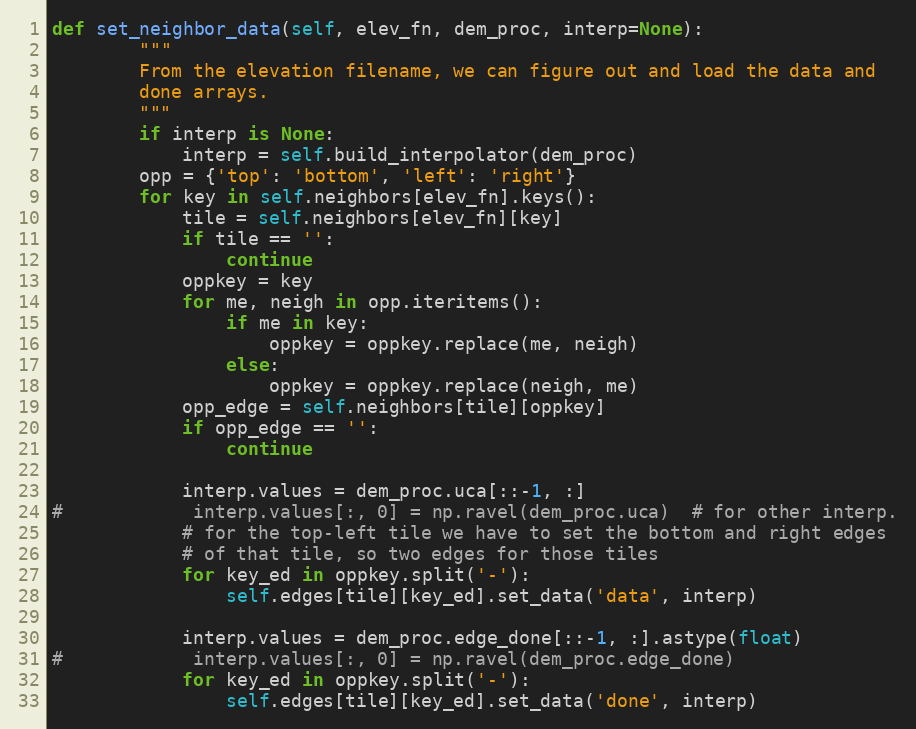
Language: Python
def set_neighbor_data(self, elev_fn, dem_proc, interp=None):
        """
        From the elevation filename, we can figure out and load the data and
        done arrays.
        """
        if interp is None:
            interp = self.build_interpolator(dem_proc)
        opp = {'top': 'bottom', 'left': 'right'}
        for key in self.neighbors[elev_fn].keys():
            tile = self.neighbors[elev_fn][key]
            if tile == '':
                continue
            oppkey = key
            for me, neigh in opp.iteritems():
                if me in key:
                    oppkey = oppkey.replace(me, neigh)
                else:
                    oppkey = oppkey.replace(neigh, me)
            opp_edge = self.neighbors[tile][oppkey]
            if opp_edge == '':
                continue

            interp.values = dem_proc.uca[::-1, :]
#            interp.values[:, 0] = np.ravel(dem_proc.uca)  # for other interp.
            # for the top-left tile we have to set the bottom and right edges
            # of that tile, so two edges for those tiles
            for key_ed in oppkey.split('-'):
                self.edges[tile][key_ed].set_data('data', interp)

            interp.values = dem_proc.edge_done[::-1, :].astype(float)
#            interp.values[:, 0] = np.ravel(dem_proc.edge_done)
            for key_ed in oppkey.split('-'):
                self.edges[tile][key_ed].set_data('done', interp)